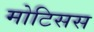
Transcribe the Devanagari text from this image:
मोटिसस